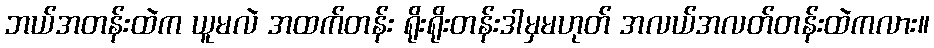
ဘယ်အတန်းထဲက ယူမလဲ အထက်တန်း ရိုးရိုးတန်းဒါမှမဟုတ် အလယ်အလတ်တန်းထဲကလား။